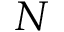
N